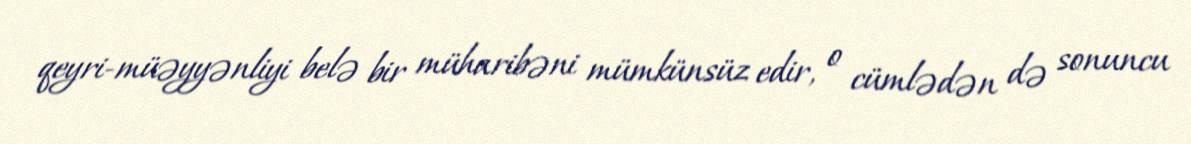
qeyri-müəyyənliyi belə bir müharibəni mümkünsüz edir, o cümlədən də sonuncu